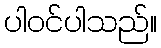
ပါဝင်ပါသည်။